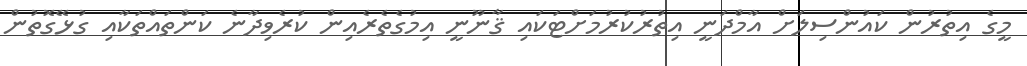
މީގެ އިތުރުން ކައުންސިލަށް އާމްދަނީ އިތުރުކުރުމަށްޓަކައި ޤާނޫނީ އިމުގެތެރެއިން ކުރެވިދާނެ ކަންތައްތަކާއި ގުޅޭގޮތުން